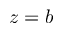
z = b